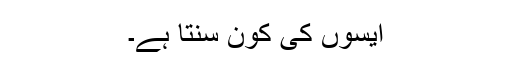
ایسوں کی کون سنتا ہے۔